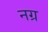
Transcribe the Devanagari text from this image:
नग्र